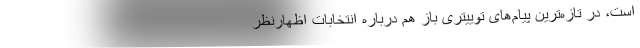
است، در تازه‌ترین پیام‌های توییتری باز هم درباره انتخابات اظهارنظر